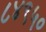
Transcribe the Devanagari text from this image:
८४९५०